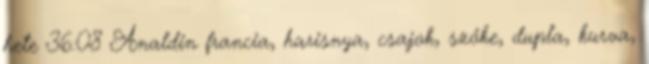
hete 36:08 Analdin francia, harisnya, csajok, szőke, dupla, kurva,